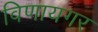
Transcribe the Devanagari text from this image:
विणायगर